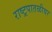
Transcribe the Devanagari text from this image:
राष्ट्रपातळीवर